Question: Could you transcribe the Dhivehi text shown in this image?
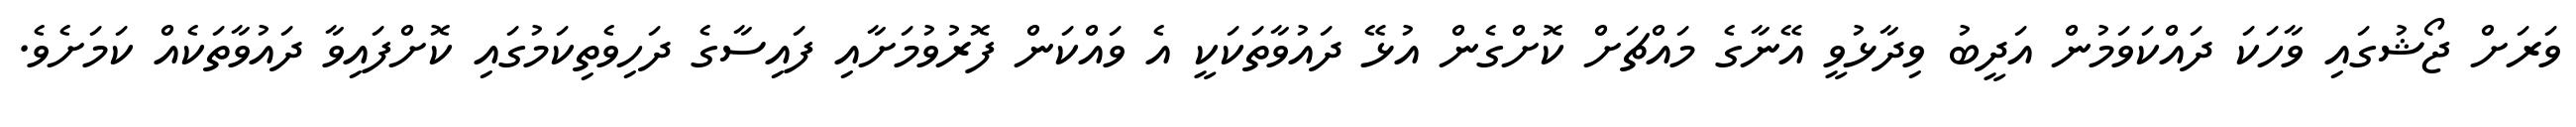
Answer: ވަރަށް ޖޯޝުގައި ވާހަކަ ދައްކަވަމުން އަދީބު ވިދާޅުވީ އޭނާގެ މައްޗަށް ކޮށްގެން އުޅޭ ދައުވާތަކަކީ އެ ވައްކަން ފޮރުވުމަށާއި ފައިސާގެ ދަހިވެތިކަމުގައި ކޮށްފައިވާ ދައުވާތަކެއް ކަމަށެވެ.